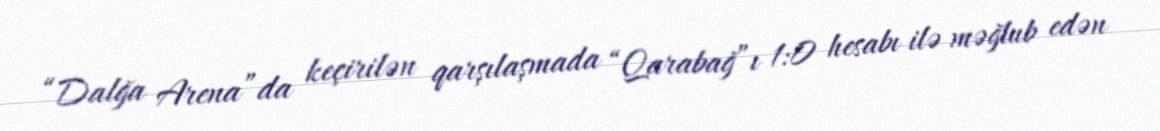
“Dalğa Arena”da keçirilən qarşılaşmada “Qarabağ”ı 1:0 hesabı ilə məğlub edən